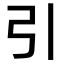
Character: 引